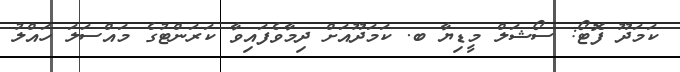
ކަމަދޫ ފޮޓޯ: ސޯޝަލް މީޑިޔާ ބ. ކަމަދޫއަށް ދިމާވެފައިވާ ކަރަންޓުގެ މައްސަލަ ހައްލު